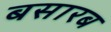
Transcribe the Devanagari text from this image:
बसारब